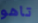
تاهو